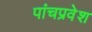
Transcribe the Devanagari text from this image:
पांचप्रवेश